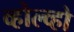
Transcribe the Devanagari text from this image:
व्होल्व्हो